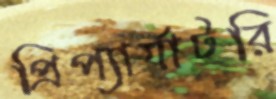
প্রিপ্যার্যাটরি